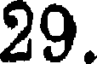
29.